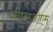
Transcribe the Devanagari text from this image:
सीएसओएम